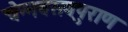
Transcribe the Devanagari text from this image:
चेन्नबसवपुराण